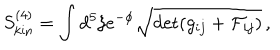
S _ { \mathrm { k i n } } ^ { ( 4 ) } = \int d ^ { 5 } \xi e ^ { - \phi } \sqrt { \det ( g _ { i j } + { \cal F } _ { i j } ) } \, ,